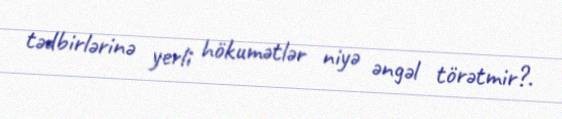
tədbirlərinə yerli hökumətlər niyə əngəl törətmir?.